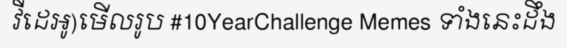
វីដេអូ)មើលរូប #10YearChallenge Memes ទាំងនេះដឹង